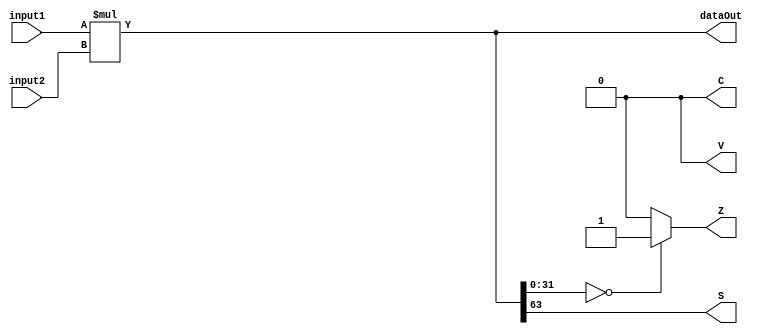
module mult_r0 #(
	parameter DATA_WIDTH = 32
)(
	input [DATA_WIDTH - 1:0] input1,
	input [DATA_WIDTH - 1:0] input2,
	output[2*DATA_WIDTH - 1:0] dataOut,
	output C,
	output Z,
	output V,
	output S
);
/**********
 *  Array Packing Defines 
 **********/
/**********
 * Internal Signals
**********/
reg [2*DATA_WIDTH - 1:0] tmpMult;
reg Ctmp, Ztmp, Vtmp, Stmp;

/**********
 * Glue Logic 
 **********/
/**********
 * Synchronous Logic
 **********/
/**********
 * Glue Logic 
 **********/
/**********
 * Components
 **********/
/**********
 * Output Combinatorial Logic
 **********/
 always @(input1, input2) begin
	Ctmp = 0;
	Ztmp = 0;
	Vtmp = 0;
	Stmp = 0;
	
	tmpMult = input1 * input2;
	
	if(tmpMult[DATA_WIDTH-1:0] == {(2*DATA_WIDTH){1'b0}}) begin
		Ztmp = 1;
	end

	Stmp = tmpMult[2*DATA_WIDTH - 1];
 end
 
 assign dataOut = tmpMult;
 assign C = Ctmp;
 assign Z = Ztmp;
 assign V = Vtmp;
 assign S = Stmp;
 
endmodule